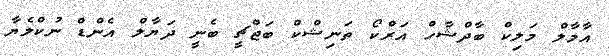
އާމާލް މަލިކް ބާދްޝާހް އަރްކޯ ތަނިޝްކް ބަޖްޗީ ބެނީ ދަޔާލް އެންޑް ނުކްލެޔާ